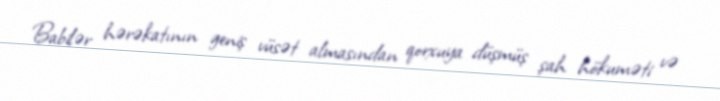
Babilər hərəkatının geniş vüsət almasından qorxuya düşmüş şah hökuməti və